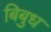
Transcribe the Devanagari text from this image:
बिबुध